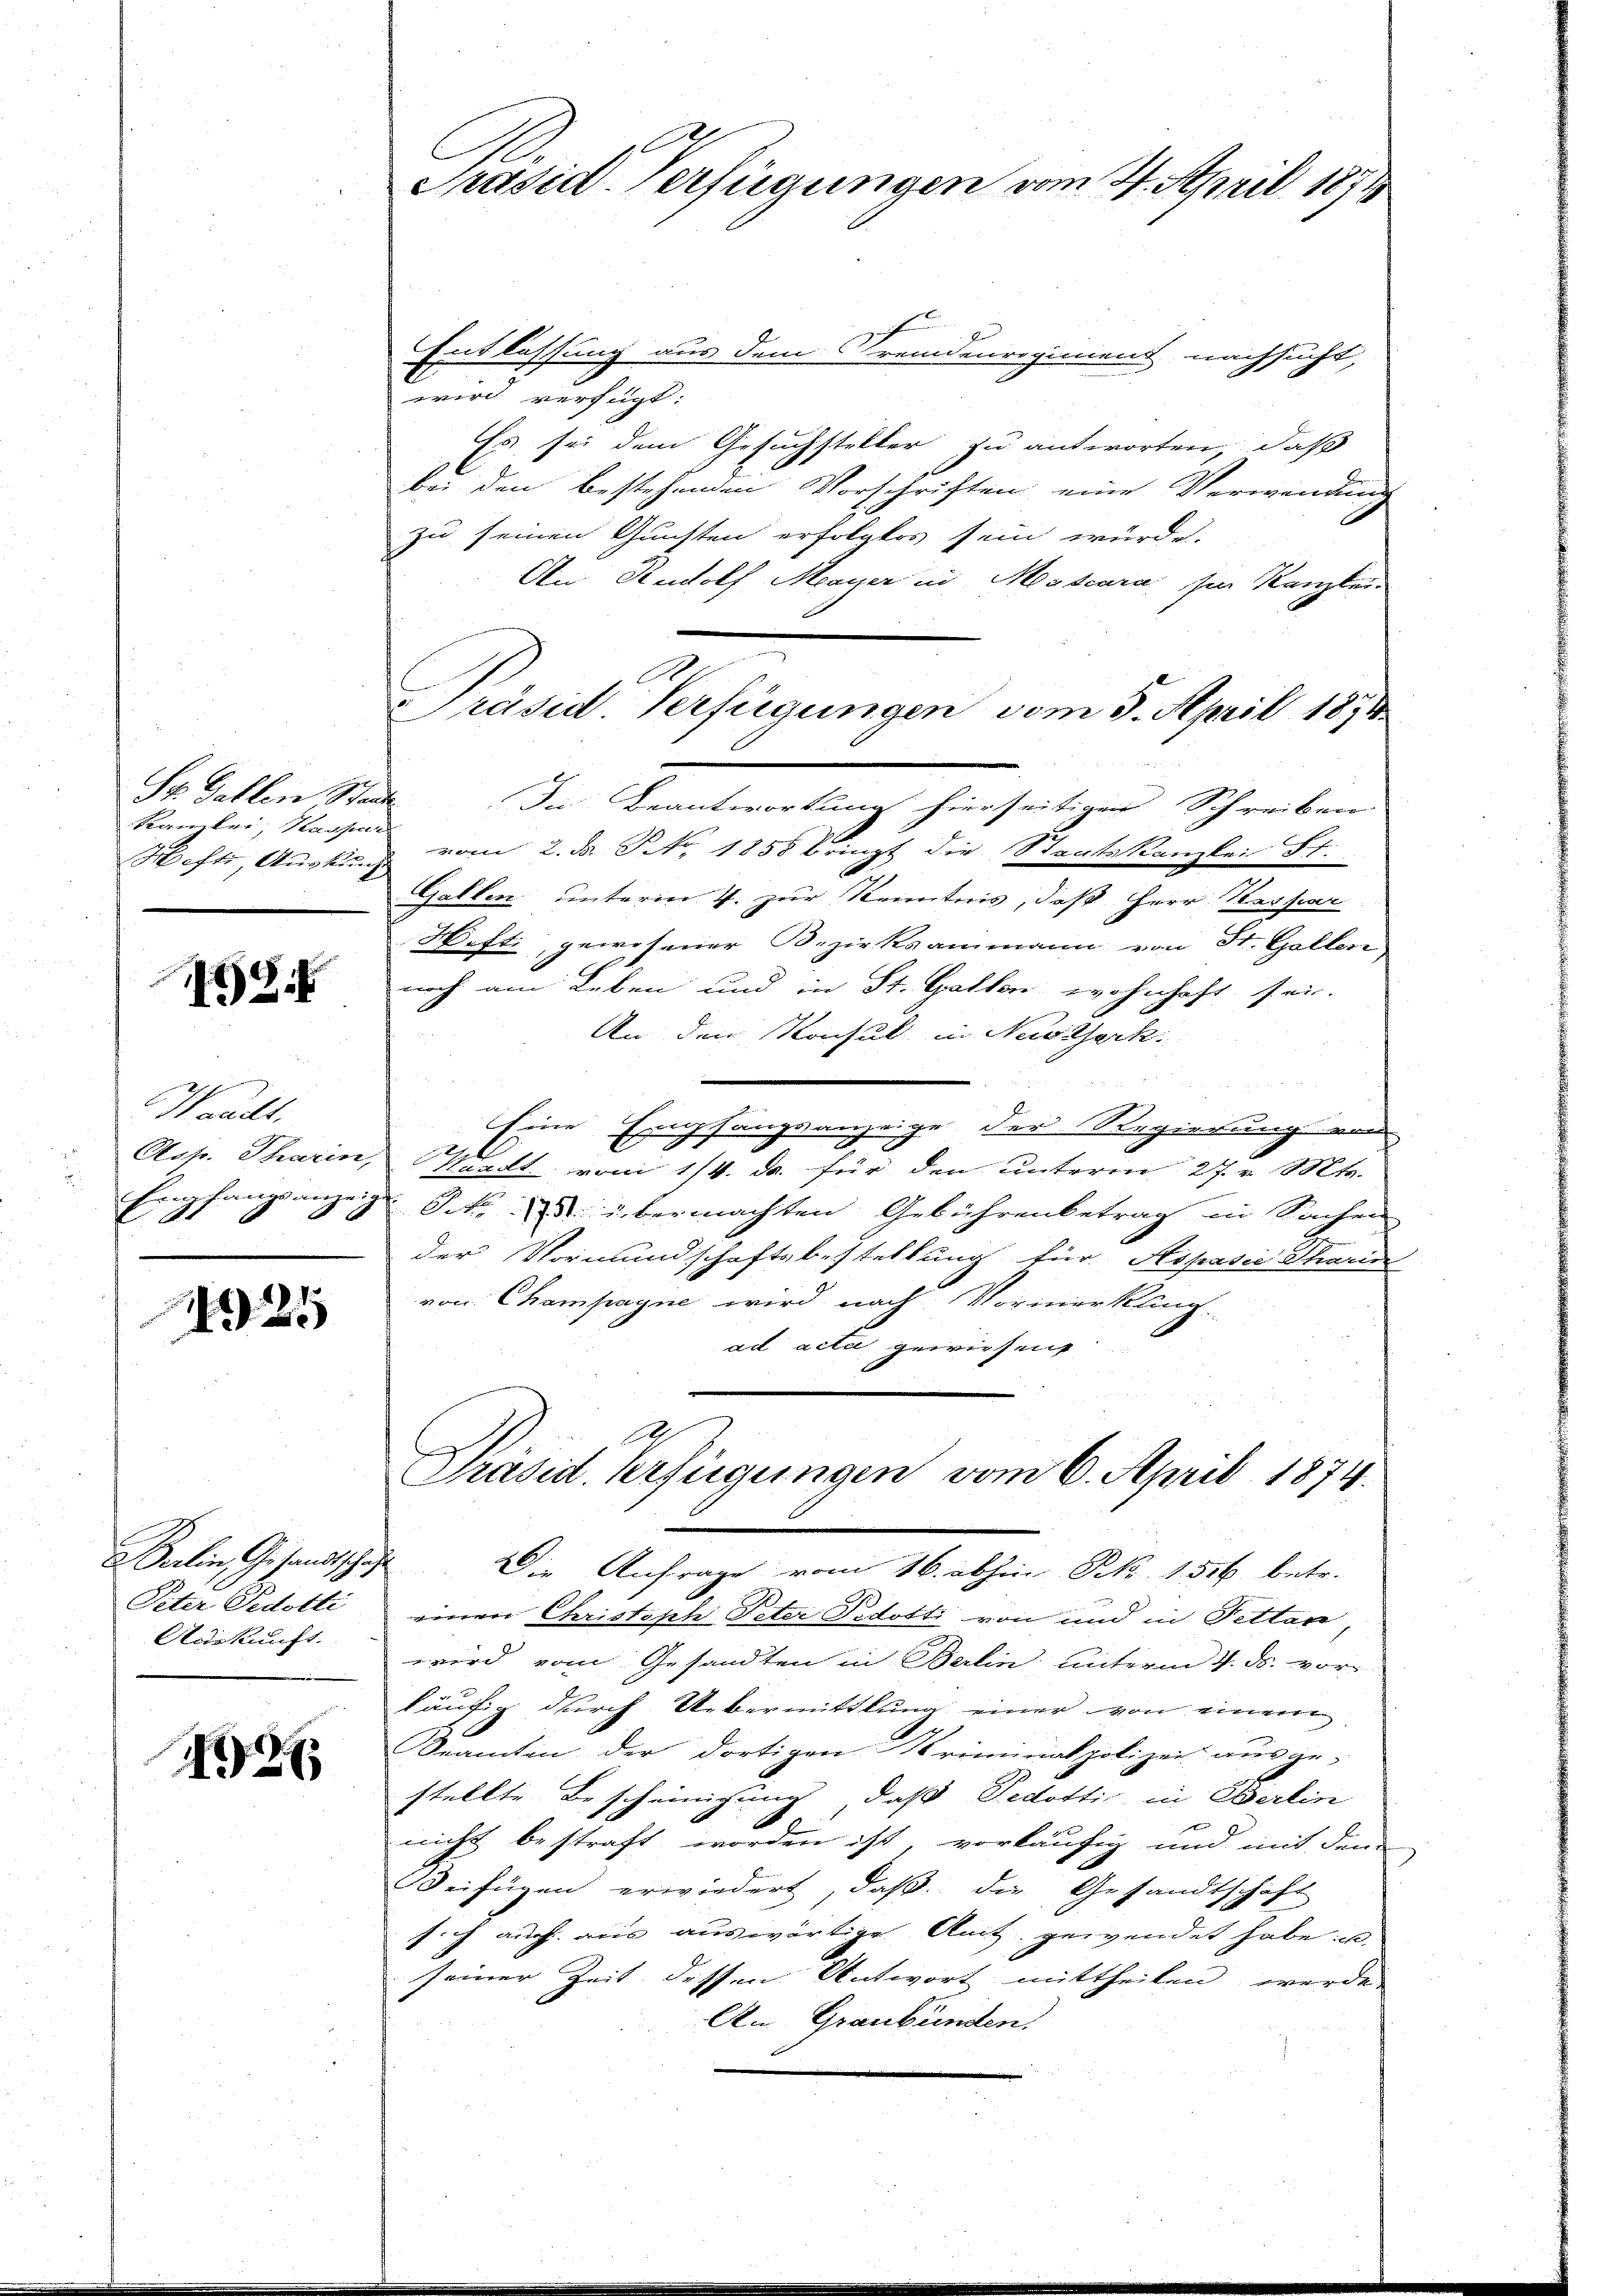
St. Gallen Sta
Kanzlei, Kasse
Hefte Auskun

18.

Waadt,
Asp. Tharin
z
eels
E
8
g

1921

Berlin Gesandtsche
Peter Gedotti
Auskunft.

492

1
C
Präsid. Verfügungen vom 24. April 1871

Entlassung aus dem Fremdenregiment nachsucht,
wird verfügt:
Es sei dem Gesuchsteller zu antworten, daß
bei den bestehenden Vorschriften eine Verwendung
zu seinen Gunsten erfolgtes sein würde.
An Rudolf Meyer in Mascara sie Kanzlei
f
In Beantwortung hierseitiger Schreiben

 vom 2. d. No. 1858 bringt die Staatskanzlei St.
Galken unterm 4. zur Kenntnis, daß Herr Verfar
Hefti, gewesener Bezirksammann von St. Gallen
noch am Leben und in St. Gallen wohnhaft sei.
An den Konsul in Nestserk
e
Eine Empfangsanzeige der Regierung von
Kalt vom 1/4. ds. für den unterm 27. v. Mts.
k übermachten Gebührenbetrag in Sachen
der Vormundschaftsbestellung für Aspasić Pharin
von Champagne wird nach Vormerkling
ad acta gewiesen
Präsid. Verfügungen vom 6. April 1874.
 Die Anfrage vom 16. abhin Frk. 1556 betr.
einer Christoph Peter Pedotti von und in Fettan
wird vom Gesandten in Berlin unterm 4. ds. vor
häufig durch Uebermittlung einer von einem
Beamten der dortigen Kriminalpolizei ausge-
stellte Bescheinigung, daß Sedotti in Berlin
nicht bestraft worden ist, vorläufig und mit dem
Beifügen erwiedert, daß die Gesandtschaft
sich auch aus auswärtige Amt gewendet habe, u.
seiner Zeit dessen Antwort mittheilen werde.
An Graubünden.

Präsid Verfügungen vom 5. April 1891

2